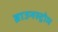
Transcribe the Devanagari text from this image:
ब्राउनस्ट्रोम